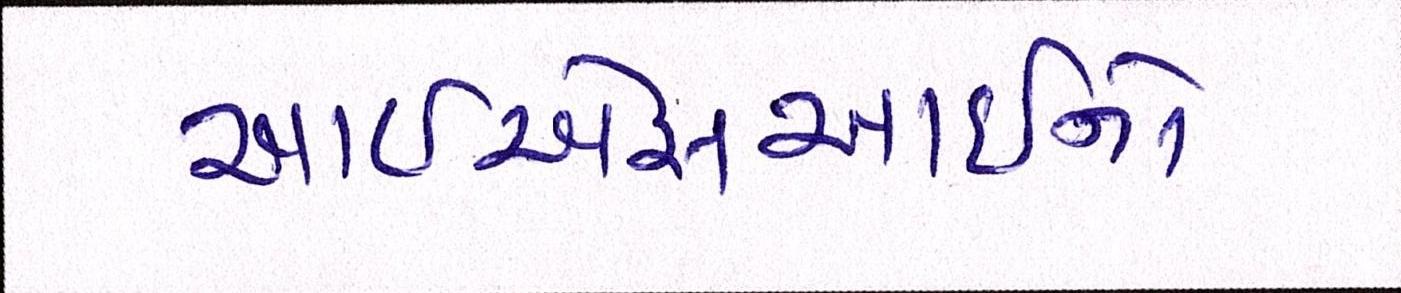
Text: આઇએસઆઇનો